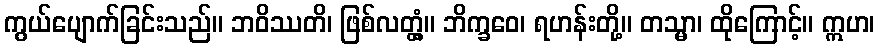
ကွယ်ပျောက်ခြင်းသည်။ ဘဝိဿတိ၊ ဖြစ်လတ္တံ့။ ဘိက္ခဝေ၊ ရဟန်းတို့။ တသ္မာ၊ ထိုကြောင့်။ ဣဟ၊